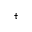
^ \dagger